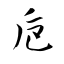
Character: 巵